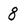
Character: 8